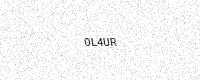
Text: 0L4UR